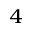
_ { 4 }